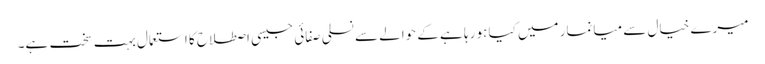
میرے خیال سے میانمار میں کیا ہو رہا ہے کے حوالے سے نسلی صفائی جیسی اصطلاح کا استعمال بہت سخت ہے۔